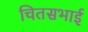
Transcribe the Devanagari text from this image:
चितसभाई